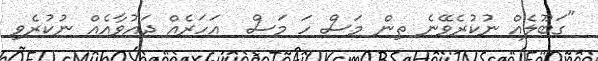
"ގަބޫލެއް ނުކުރެވޭނެ ތިން މަސް ހަ މަސް  އަހަރެއް ދައުވާއެއް ނުކުރެވި